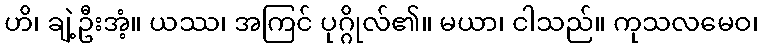
ဟိ၊ ချဲ့ဦးအံ့။ ယဿ၊ အကြင် ပုဂ္ဂိုလ်၏။ မယာ၊ ငါသည်။ ကုသလမေဝ၊